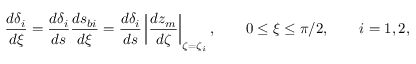
\frac { d \delta _ { i } } { d \xi } = \frac { d \delta _ { i } } { d s } \frac { d s _ { b i } } { d \xi } = \frac { d \delta _ { i } } { d s } \left| \frac { d z _ { m } } { d \zeta } \right| _ { \zeta = \zeta _ { i } } , \qquad 0 \le \xi \le \pi / 2 , \qquad i = 1 , 2 ,